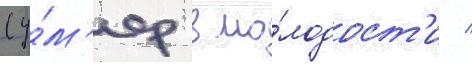
(у́м'ер в мо́лодост'и /